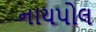
નાયપોલ